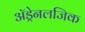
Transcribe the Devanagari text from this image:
अॅड्रेनलजिक